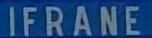
IFRANE